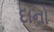
દાનો